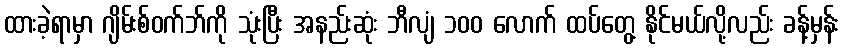
ထားခဲ့ရာမှာ ဂျိမ်းစ်ဝက်ဘ်ကို သုံးပြီး အနည်းဆုံး ဘီလျံ ၁၀၀ လောက် ထပ်တွေ့ နိုင်မယ်လို့လည်း ခန့်မှန်း